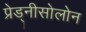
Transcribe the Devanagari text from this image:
प्रेड्नीसोलोन